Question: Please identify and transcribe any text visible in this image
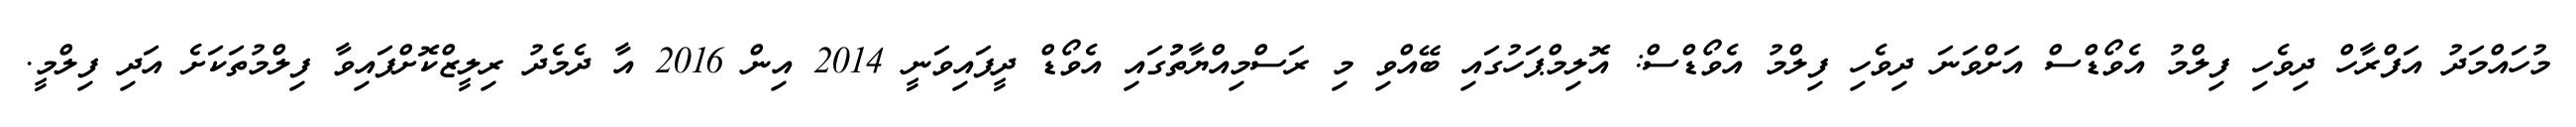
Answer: މުހައްމަދު އަފްރާހް ދިވެހި ފިލްމު އެވޯޑްސް އަށްވަނަ ދިވެހި ފިލްމު އެވޯޑްސް: އޮލިމްޕަހުގައި ބޭއްވި މި ރަސްމިއްޔާތުުގައި އެވޯޑް ދީފައިވަނީ 2014 އިން 2016 އާ ދެމެދު ރިލީޒްކޮށްފައިވާ ފިލްމުތަކަށެ އަދި ފިލްމީ.